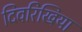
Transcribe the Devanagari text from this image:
दिवरिखिया